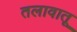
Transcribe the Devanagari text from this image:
तलावातू